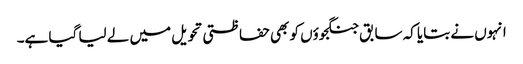
انہوں نے بتایا کہ سابق جنگجوؤں کو بھی حفاظتی تحویل میں لے لیا گیا ہے۔